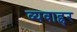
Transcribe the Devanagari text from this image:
व्यवाह्रर